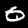
Label: 0